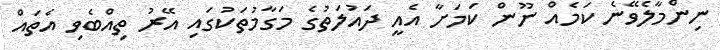
ނިންމާލެވޭނެ ކަމެއް ނޫން ކަމަށާ އެއީ ދައުލަތުގެ މަގާމުތަކުގައި އޭރު ތިއްބެވި އެތައް